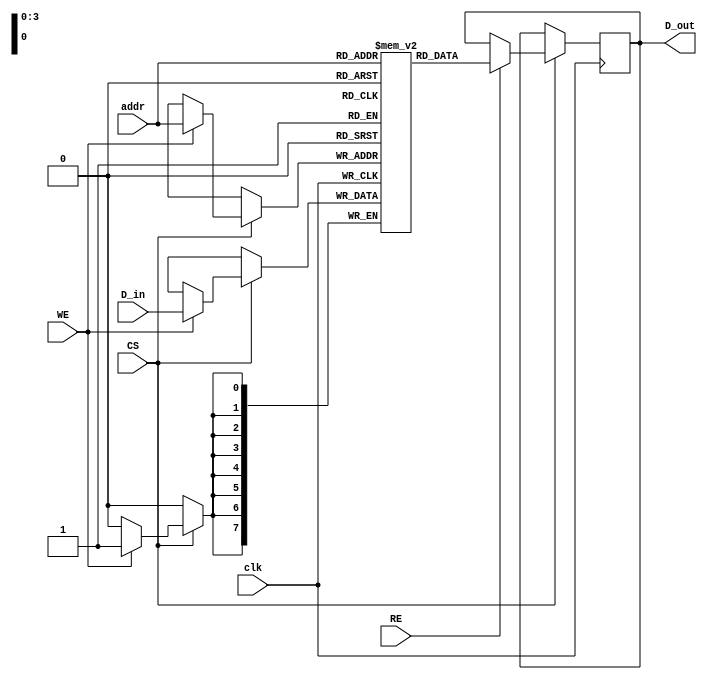
module SRAM #(
    parameter N = 16, // Number of memory words (rows)
    parameter M = 8    // Number of bits per word (columns)
)(
    input wire clk,                     // Clock signal
    input wire WE,                      // Write Enable
    input wire RE,                      // Read Enable
    input wire CS,                      // Chip Select
    input wire [log2(N)-1:0] addr,     // Address input
    input wire [M-1:0] D_in,            // Data input
    output reg [M-1:0] D_out            // Data output
);

    // Memory array declaration
    reg [M-1:0] memory [0:N-1];

    // Address decoder
    wire [N-1:0] word_line;
    assign word_line = (1 << addr); // Active word line based on address

    // SRAM operation
    always @(posedge clk) begin
        if (CS) begin
            if (WE) begin
                // Write operation
                memory[addr] <= D_in;
            end 
            if (RE) begin
                // Read operation
                D_out <= memory[addr];
            end
        end
    end

    // Function to calculate log2 of a number
    function integer log2(input integer value);
        integer i;
        begin
            log2 = 0;
            for (i = 0; (2 ** i) < value; i = i + 1) begin
                log2 = i + 1;
            end
        end
    endfunction

endmodule